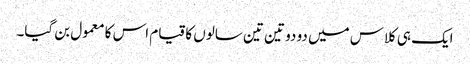
ایک ہی کلاس میں دو دو تین تین سالوں کا قیام اس کا معمول بن گیا۔